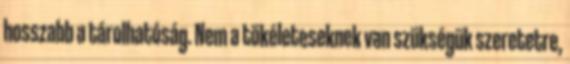
hosszabb a tárolhatóság. Nem a tökéleteseknek van szükségük szeretetre,